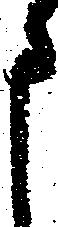
申